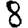
Digit: 8